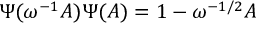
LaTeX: \Psi ( \omega ^ { - 1 } A ) \Psi ( A ) = 1 - \omega ^ { - 1 / 2 } A